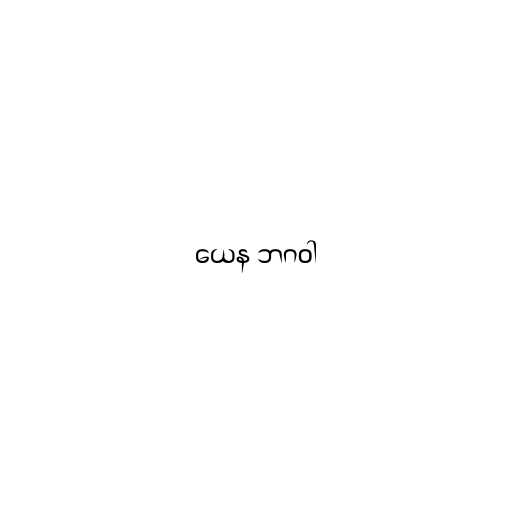
ယေန ဘဂဝါ